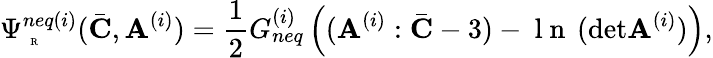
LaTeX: \Psi_{\mathrm{~\tiny~R~}}^{neq(i)}(\bar{\mathbf{C}},\mathbf{A}^{(i)})=\frac{1}{2}G_{neq}^{(i)}\left((\mathbf{A}^{(i)}:\bar{\mathbf{C}}-3)-\mathrm{~l~n~}\, (\mathrm{det}\mathbf{A}^{(i)})\right),